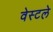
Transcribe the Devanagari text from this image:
वेस्टले